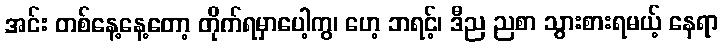
အင်း တစ်နေ့နေ့တော့ တိုက်ရမှာပေါ့ကွ၊ ဟေ့ ဘရင့်၊ ဒီည ညစာ သွားစားရမယ့် နေရာ